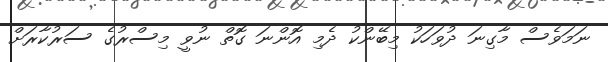
ނަމަވެސް މާގިނަ ދުވަހަކު މިބޭންކު ދެމި އޮންނަ ގޮތް ނުވީ މިސްރުގެ ސަރުކާރަށް